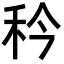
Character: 𬓢